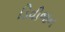
ડિવીજન